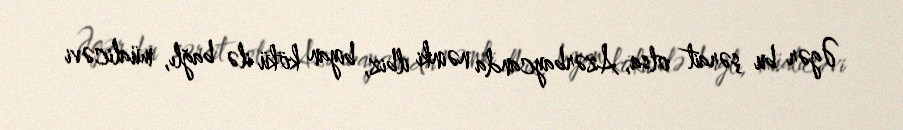
Əgər bu şərait olsa, Azərbaycanda nəinki ilbiz, biyan kökü ilə bağlı, müalicəvi